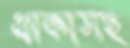
থাকাসহ